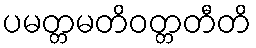
ပမတ္တမတိဝတ္တတီတိ